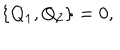
LaTeX: \{ Q _ { 1 } , Q _ { 2 } \} = 0 ,